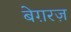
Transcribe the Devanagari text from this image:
बेग़रज़